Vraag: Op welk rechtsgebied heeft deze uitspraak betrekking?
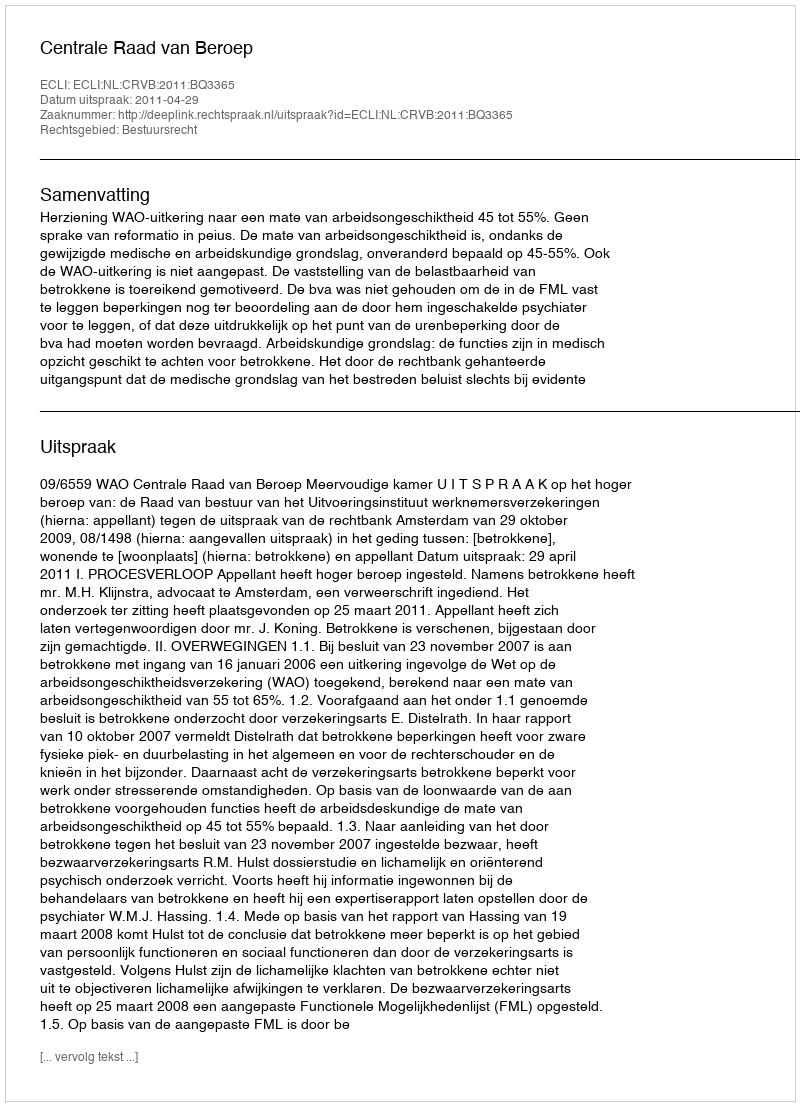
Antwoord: Bestuursrecht